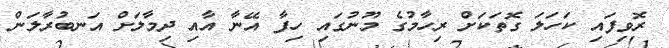
ރޮވިފައި ކަހަލަ ގޮތަކަށް ރިހާމުގެ މޫނުގައި ހިފާ އޭނާ އާއި ދިމާލަށް އަނބުރާލަން